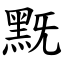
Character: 黖